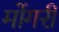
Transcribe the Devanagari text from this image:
मोंगरी